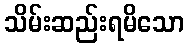
သိမ်းဆည်းရမိသော